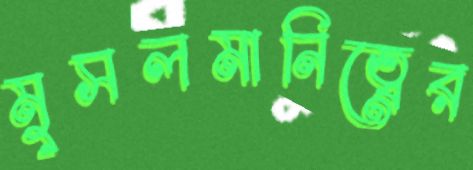
মুসলমানিত্বের